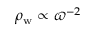
\rho _ { \mathrm { w } } \propto \varpi ^ { - 2 }